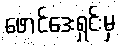
ဖောင်ဒေးရှင်းမှ